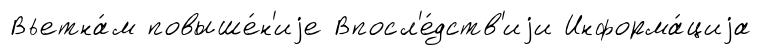
Вьетна́м повыше́н'иjе Впосл'е́дств'иjи Информа́циjа